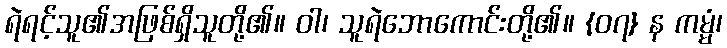
ရဲရင့်သူ၏အဖြစ်ရှိသူတို့၏။ ဝါ၊ သူရဲဘောကောင်းတို့၏။ {၀၇} န ကမ္မံ၊